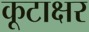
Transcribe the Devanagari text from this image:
कूटाक्षर